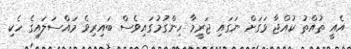
އެއީ ތުއްތު ކުއްޖާ ވަގަށް ނަގައި ޖަރީމާ ހިންގުމުގައިވެސް ބައިރިވެ މައްސަލައިގެ ހެކި